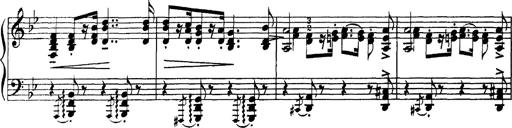
Title: Scherzo und Marsch
Composer: Franz Liszt